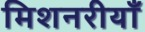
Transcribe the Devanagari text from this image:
मिशनरीयाँ